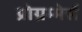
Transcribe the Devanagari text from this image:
प्रोग्रम्मेर्स